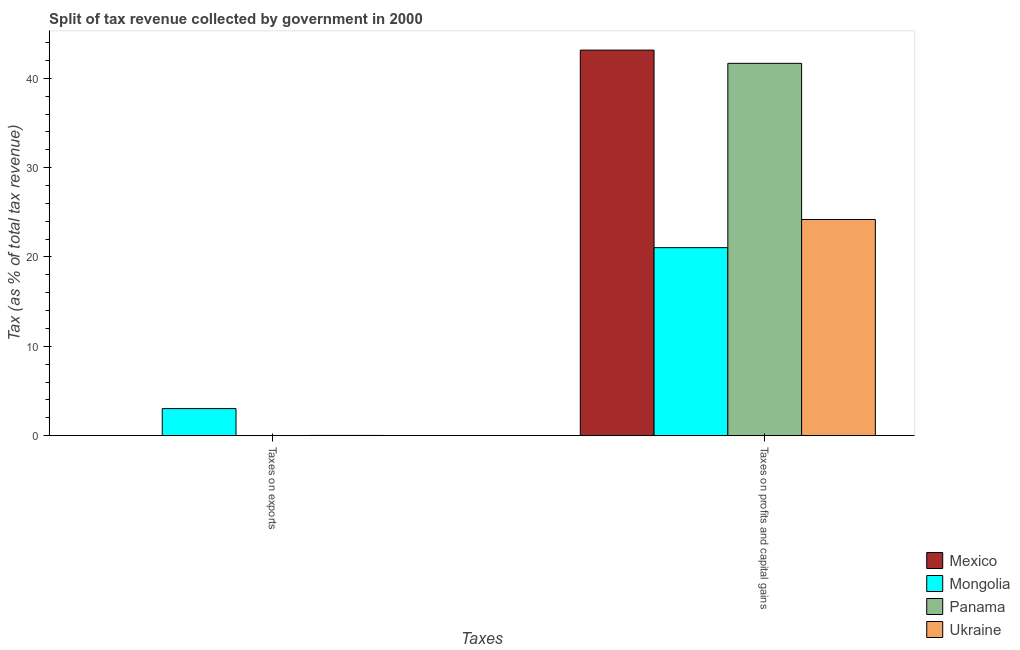
| Taxes | Mexico | Mongolia | Panama | Ukraine |
 | --- | --- | --- | --- | --- |
 | Taxes on exports | 0.000624 | 3.03 | 0.0169 | 0.0234 |
 | Taxes on profits and capital gains | 43.2 | 21 | 41.7 | 24.2 |